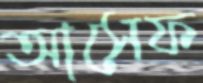
আসেফ